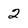
Character: 2